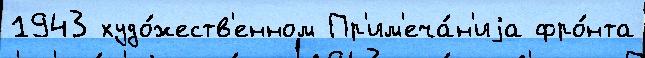
1943 худо́жеств'енном Пр'им'еча́н'иjа фро́нта